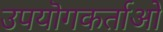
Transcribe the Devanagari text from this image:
उपयॊगकर्ताओ